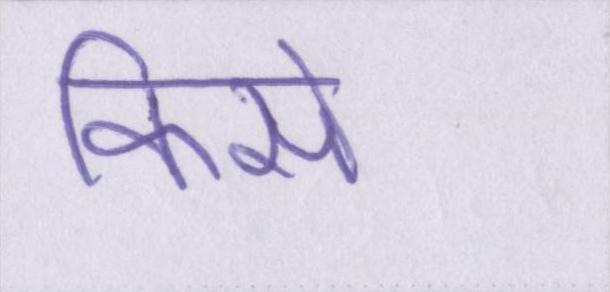
किसे